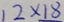
1 2 \times 1 8